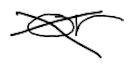
Text: or
Cross-out: cross
Writing tool: digital_black